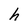
Character: h